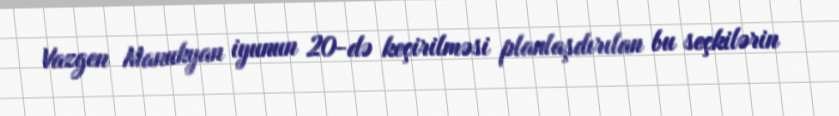
Vazgen Manukyan iyunun 20-də keçirilməsi planlaşdırılan bu seçkilərin